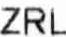
ZRL